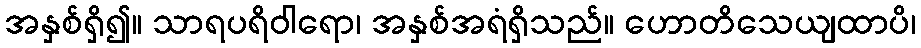
အနှစ်ရှိ၍။ သာရပရိဝါရော၊ အနှစ်အရံရှိသည်။ ဟောတိသေယျထာပိ၊